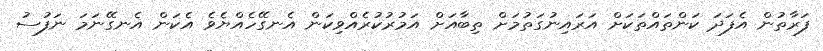
ފަރާތުން އެފަދަ ކަންތައްތަކަށް އަރައިނުގަތުމަށް ތިބާއަށް އަމުރުކުރެއްވިކަން އެނގޭހެއްޔެވެ އެކަން އެނގޭނަމަ ނަފުސު